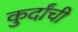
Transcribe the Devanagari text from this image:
कुर्दांची